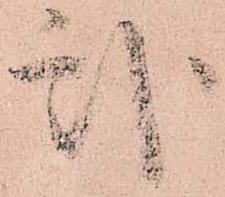
弐